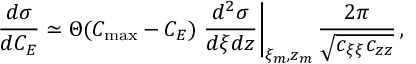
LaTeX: \frac { d \sigma } { d { C _ { E } } } \simeq \Theta ( C _ { \mathrm { m a x } } - C _ { E } ) \left. \frac { d ^ { 2 } \sigma } { d \xi d z } \right| _ { \xi _ { m } , z _ { m } } \frac { 2 \pi } { \sqrt { c _ { \xi \xi } c _ { z z } } } \, ,